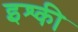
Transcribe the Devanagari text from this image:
इश्की